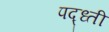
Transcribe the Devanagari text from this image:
पद्ध्ती